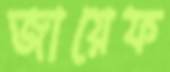
জায়েফ